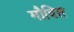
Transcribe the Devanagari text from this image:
मौदित